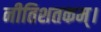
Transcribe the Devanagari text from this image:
नीतिशतकम्।